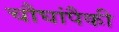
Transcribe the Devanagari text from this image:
चौघांपैकी